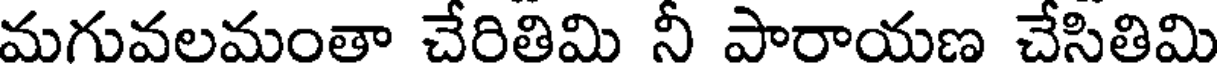
మగువలమంతా చేరితిమి నీ పారాయణ చేసితిమి